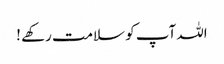
اللہ آپ کو سلامت رکھے !